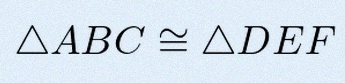
\triangle ABC\cong\triangle DEF